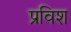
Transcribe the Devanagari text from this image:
प्रविश